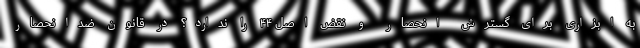
به ابزاری برای گسترش انحصار و نقض اصل ۴۴ را ندارد؟ در قانون ضدانحصار